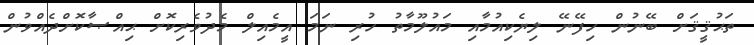
ތަޙުޤީޤަށް ބޭނުން ހިފޭނޭ ލިޔެކިއުމާއި މައުލޫމާތު ހުރި ނަމަ އީމެއިލް މެދުވެރިކޮށް ޙިއްޞާކޮށްދެއްވުން